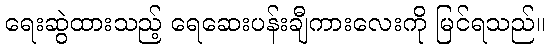
ရေးဆွဲထားသည့် ရေဆေးပန်းချီကားလေးကို မြင်ရသည်။